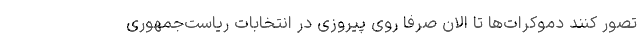
تصور کنند دموکرات‌ها تا الان صرفا روی پیروزی در انتخابات ریاست‌جمهوری